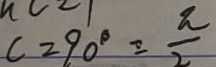
c = 9 0 ^ { \circ } = \frac { \pi } { 2 }